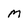
Character: M